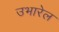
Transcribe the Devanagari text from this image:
उभारेल